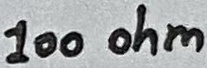
Text: 100 ohm